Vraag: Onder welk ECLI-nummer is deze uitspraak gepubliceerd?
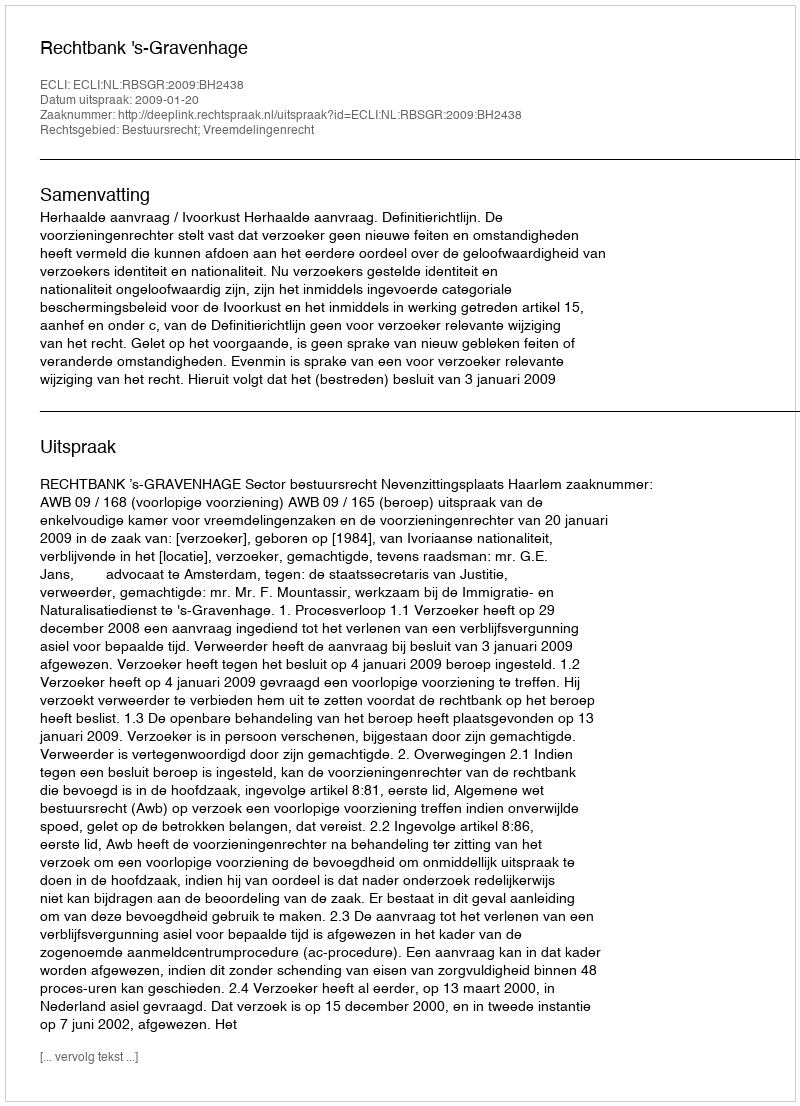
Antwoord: ECLI:NL:RBSGR:2009:BH2438